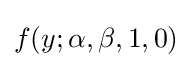
f(y;\alpha ,\beta ,1,0)